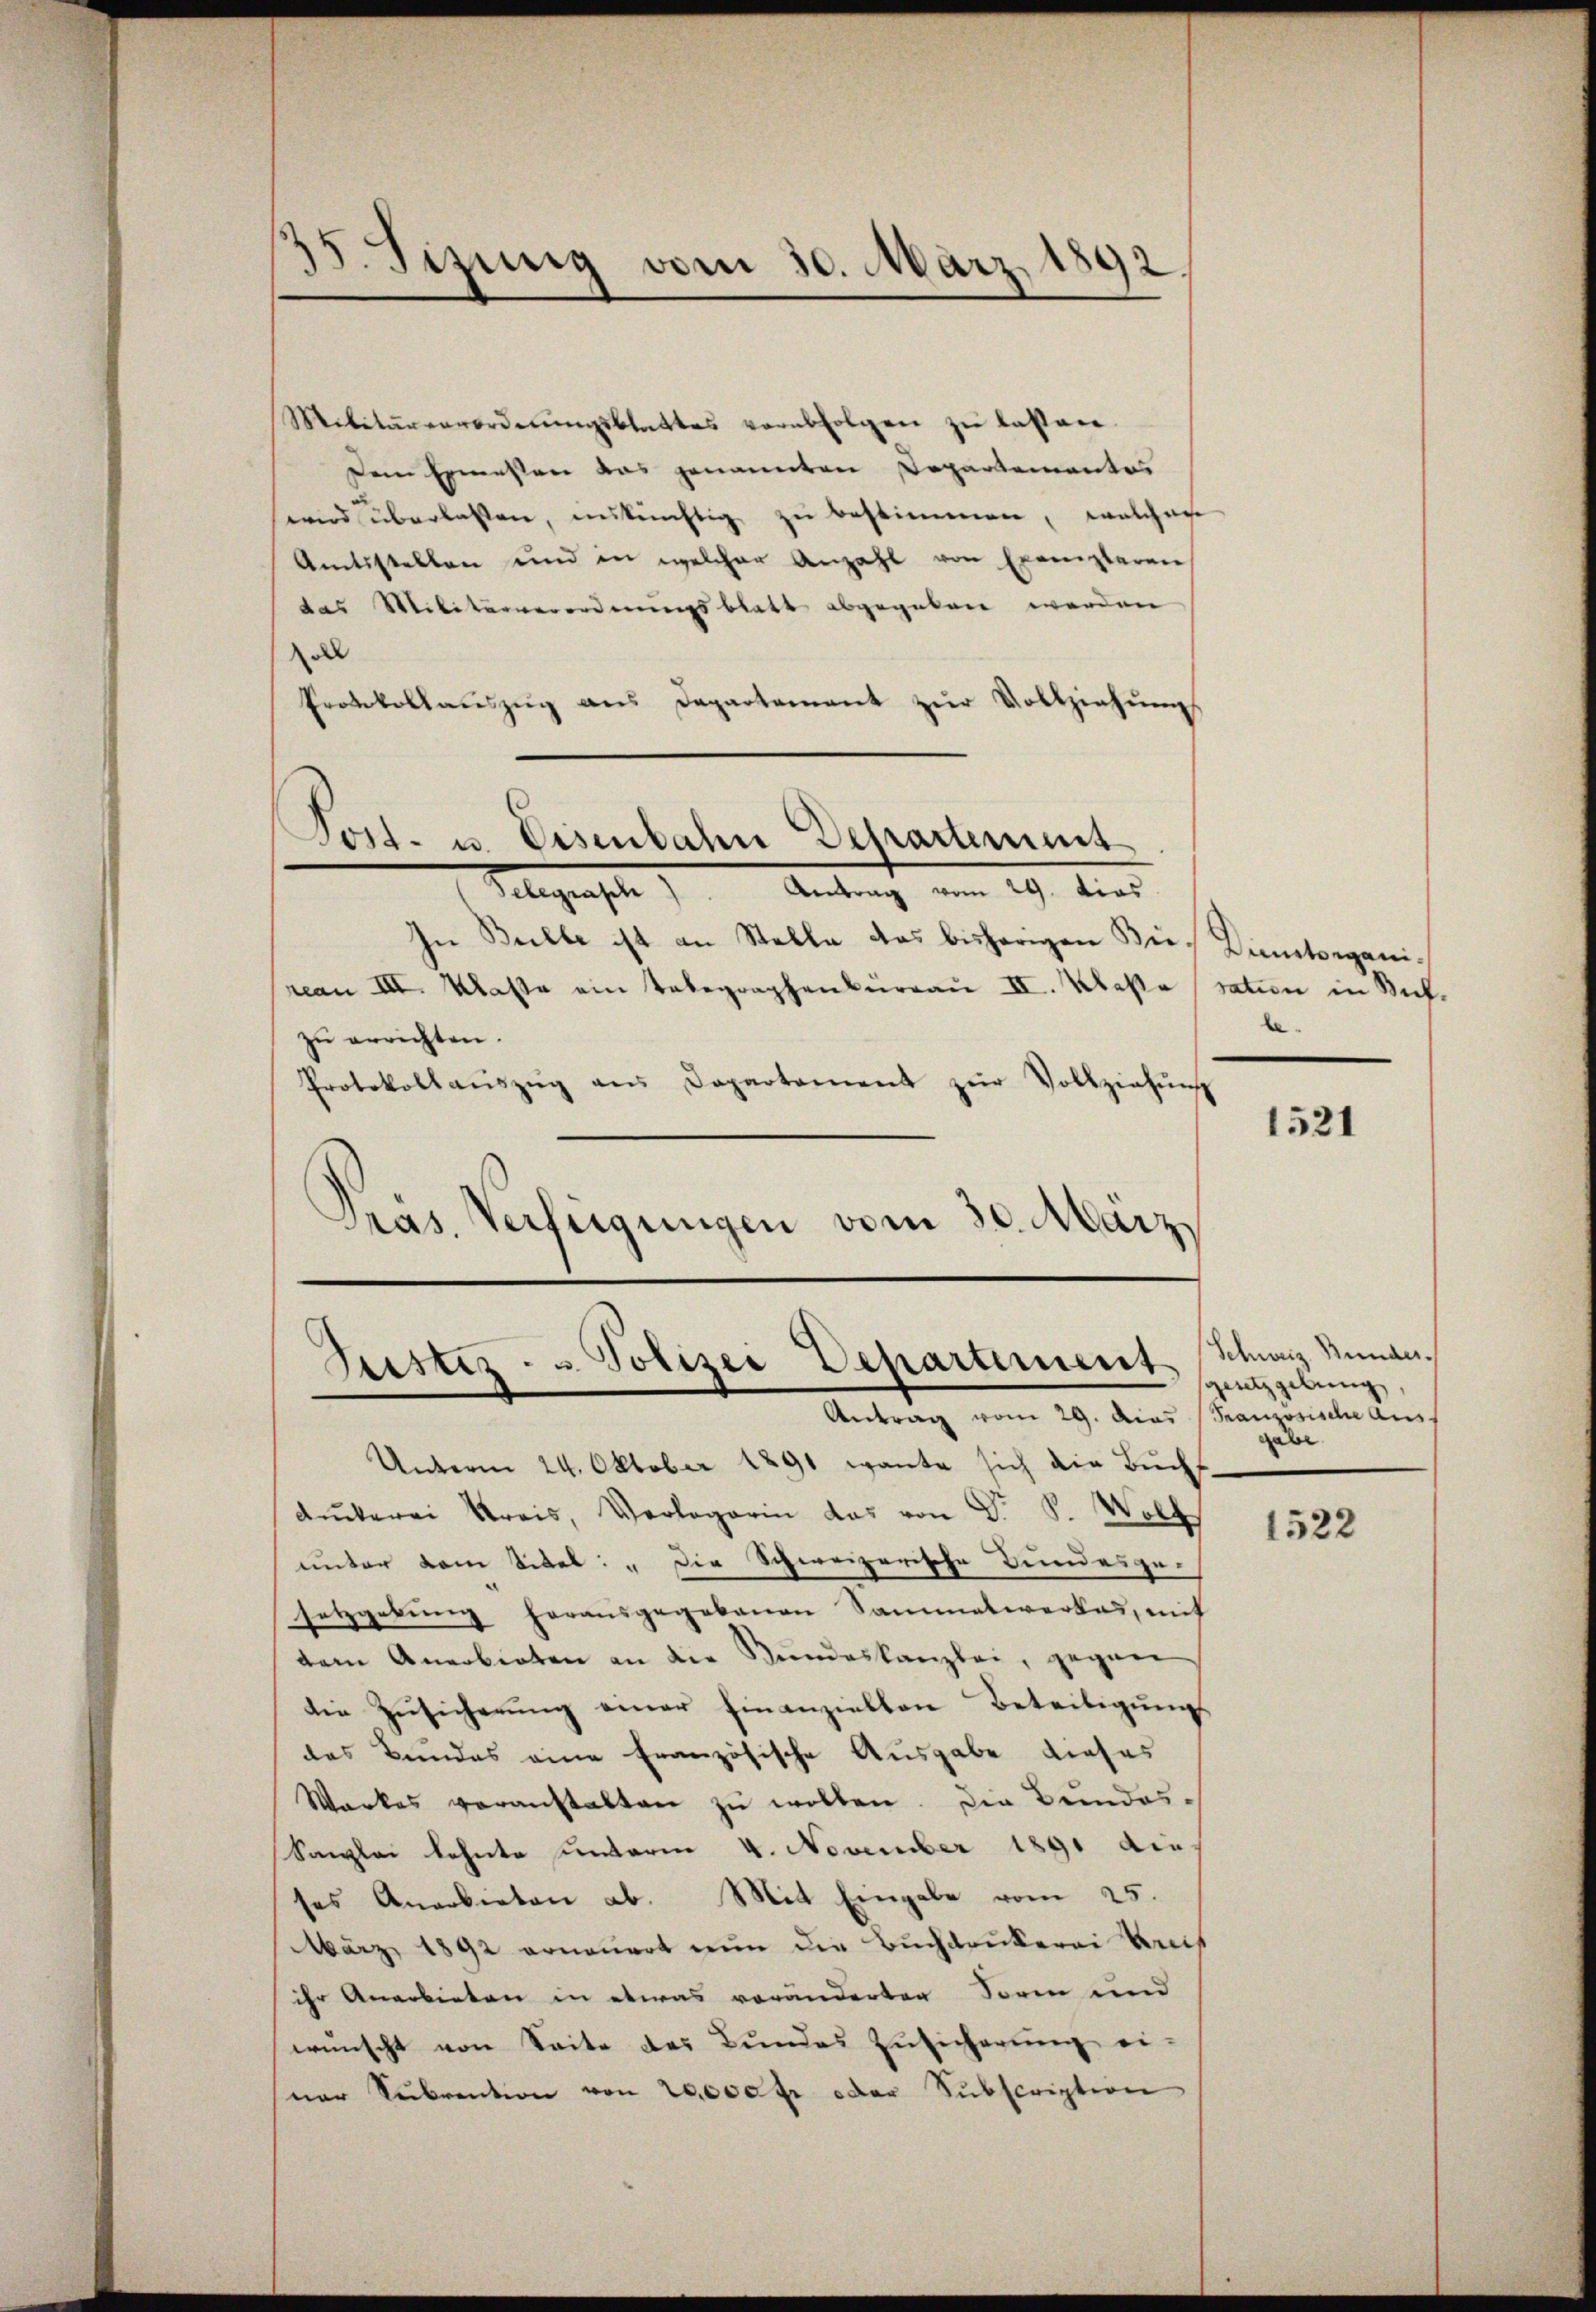
15. Sizung vom 30. März 1892

Militärverordnŭngsblattes verabfolgen zŭ lassen.
Dem Ermessen das genannten Departementes
wird überlassen, ankünftig zu bestimmen, welchen
Amtsstellen und in welcher Anzahl von Exemplaren
das Militärverordnungsblatt abgegeben werden
all
Protokollaŭszŭg ans Departement zŭr Vollziehŭng
Post- u. Eisenbahn Departement
Gelegrasch   Antrag vom 29. dies
In Bulle ist an Stelle das bisherigen Bei Dumtorganireau III. Klasse ein Telegraphenbüreaŭ II. Klasse sation in Richzŭ errichten.
Protokollaŭszŭg aŭs Departement zŭr Vollziehŭng
Präs. Verfügungen vom 30. März

Sistiz- u Polizei Departement
Antrag vom 29. Das Französische Auss

Unterm 24. Oktober 1891 wante sich die Buch-
Ruckerei Kreis, Verlegerin das von Dr. S. Wolf
unter dem Titel: „Die Schweizerische Bundesge-
setzgebŭng herausgegebenen Sammelwerkes, mit
tem Anerbieten an die Bŭndeskanzlei, gegen
die Zusicherung einer finanziellen Beteiligung
das Bundes eine französische Ausgabe dieses
Warkes veranstalten zŭ wollen. Die Bundes¬
Sanzlei lehnte unterm 4. November 1891 die
ses Anerbieten ab. Mit Eingabe vom 25.
März 1892 erneuert nun die Buchdrukerei Anis
ihr Anerbieten in etwas veränderten Sorm und
wünscht von Seite des Bundes Zŭsicherung ei-
ner Sŭbvention von 20,000 fr oder Subscription

1521

Schweiz Bundes.
eutzgebung,
gabe

1522